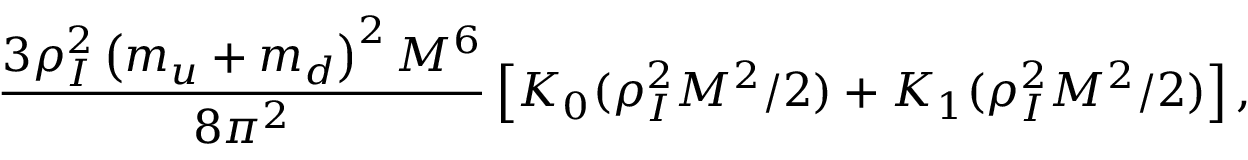
{ \frac { 3 \rho _ { I } ^ { 2 } \left( m _ { u } + m _ { d } \right) ^ { 2 } M ^ { 6 } } { 8 \pi ^ { 2 } } } \left[ K _ { 0 } ( \rho _ { I } ^ { 2 } M ^ { 2 } / 2 ) + K _ { 1 } ( \rho _ { I } ^ { 2 } M ^ { 2 } / 2 ) \right] ,